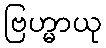
ဗြဟ္မာယု